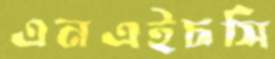
এনএইচসি